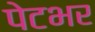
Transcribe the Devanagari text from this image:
पेटभर